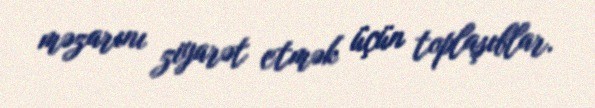
məzarını ziyarət etmək üçün toplaşıblar.